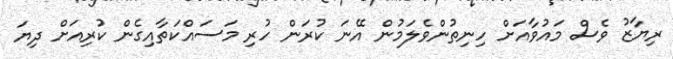
ރިޔާޒު ވެސް މައުވާއަށް ހިނިތުންވެލަމުން އޭނަ ކުރަން ހުރި މަސައްކަތާއިގެން ކުރިއަށް ދިޔަ